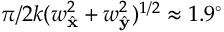
\pi / 2 k ( w _ { \hat { \mathbf { x } } } ^ { 2 } + w _ { \hat { \mathbf { y } } } ^ { 2 } ) ^ { 1 / 2 } \approx 1 . 9 ^ { \circ }